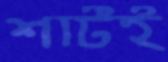
শার্টই